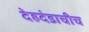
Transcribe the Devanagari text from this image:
देहदंडाचीच